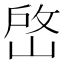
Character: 𡹘